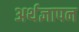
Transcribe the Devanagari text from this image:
अर्थज्ञापन